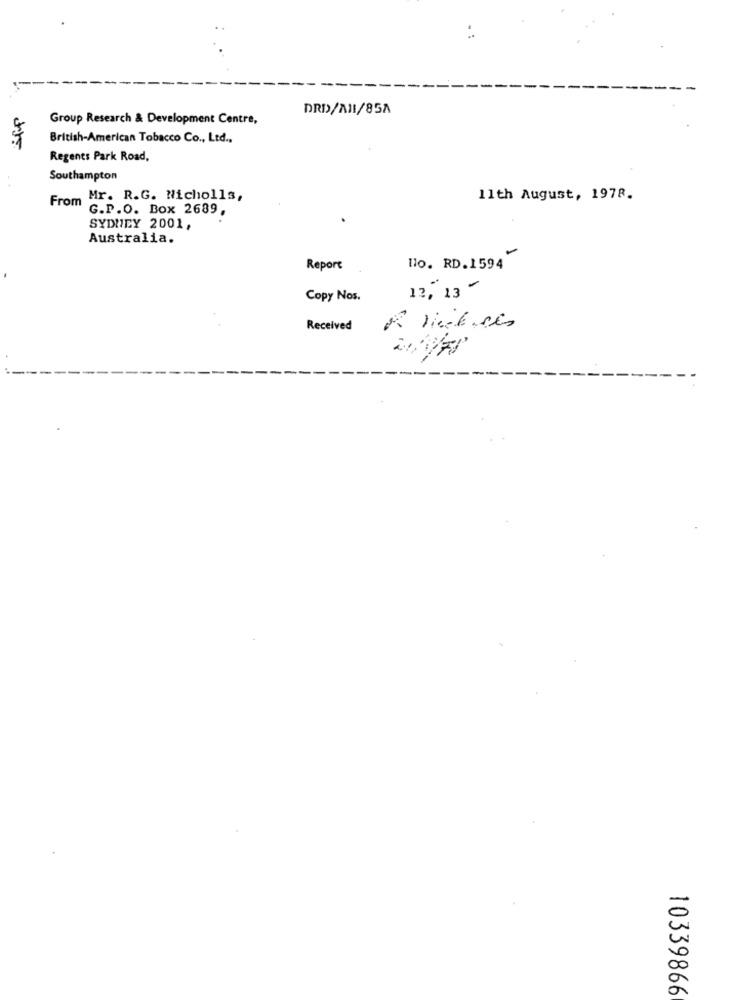
DRD>/A11/85A
Group Research & Development Centre,
British-American Tobacco Co ., Ltd .,
Regents Park Road,
Southampton
From Mr. R.G. Nicholls,
11th August, 1978.
G.P.O. Box 2689,
SYDNEY 2001,
Australia.
-
Report
Ho. RD.1594
12, 13 -
Copy Nos.
Received
10339866